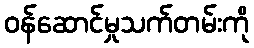
ဝန်ဆောင်မှုသက်တမ်းကို